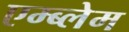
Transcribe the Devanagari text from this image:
एम्ब्लेम